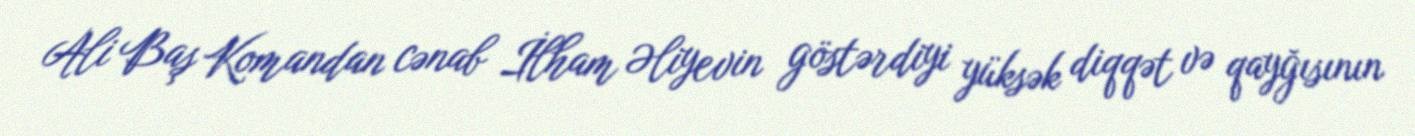
Ali Baş Komandan cənab İlham Əliyevin göstərdiyi yüksək diqqət və qayğısının